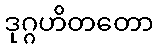
ဒုဂ္ဂဟိတတော